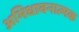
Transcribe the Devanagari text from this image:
अभिधावनात्मक